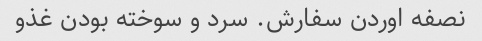
نصفه اوردن سفارش. سرد و سوخته بودن غذو